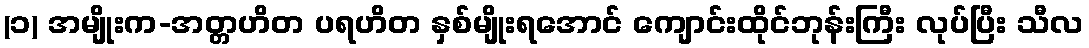
(၁) အမျိုးက-အတ္တဟိတ ပရဟိတ နှစ်မျိုးရအောင် ကျောင်းထိုင်ဘုန်းကြီး လုပ်ပြီး သီလ